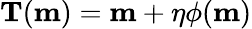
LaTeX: \mathbf{T}(\mathbf{m})=\mathbf{m}+\eta\phi(\mathbf{m})